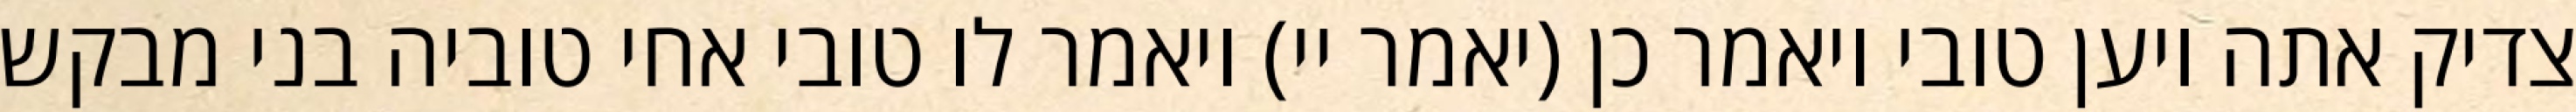
צדיק אתה ויען טובי ויאמר כן (יאמר יי) ויאמר לו טובי אחי טוביה בני מבקש